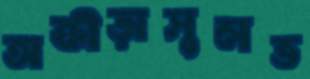
অক্রীড়াসুলভ